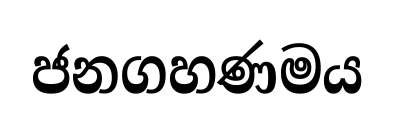
ජනගහණමය